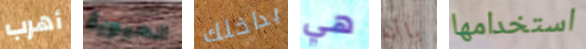
أهرب الحيوية بداخلك هي باأنه استخدامها